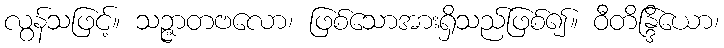
လွန်သဖြင့်။ သဉ္ဇာတဗလော၊ ဖြစ်သောအားရှိသည်ဖြစ်၍။ ဝီတိန္ဒြိယော၊